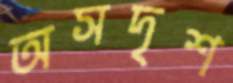
অসদৃশ